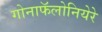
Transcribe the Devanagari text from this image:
गोनाफॅलोनियेरे